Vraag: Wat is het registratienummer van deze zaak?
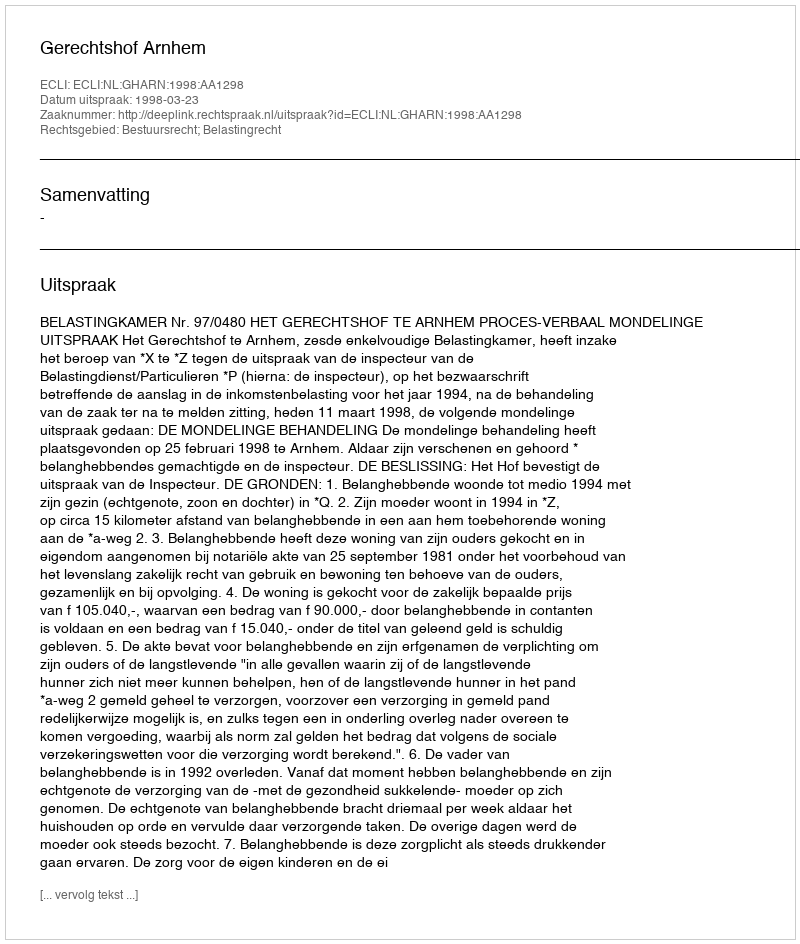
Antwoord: http://deeplink.rechtspraak.nl/uitspraak?id=ECLI:NL:GHARN:1998:AA1298